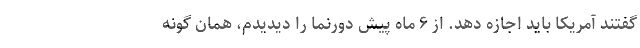
گفتند آمریکا باید اجازه دهد. از ۶ ماه پیش دورنما را دیدیدم، همان گونه